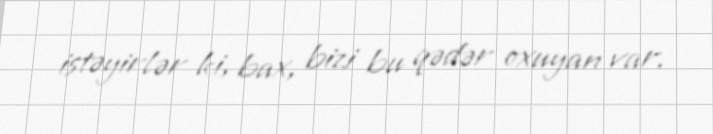
istəyirlər ki, bax, bizi bu qədər oxuyan var.